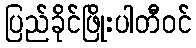
ပြည်ခိုင်ဖြိုးပါတီဝင်